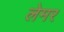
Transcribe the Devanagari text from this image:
लेमर